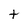
Character: t